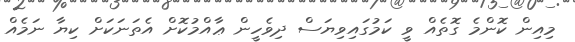
މިއިން ކޮންމެ ގޮތެއް ވީ ކަމުގައިވިޔަސް ދިވެހީން ޢާއްމުކޮށް އެތަނަކަށް ކިޔާ ނަމެއް